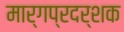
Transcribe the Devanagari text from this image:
मार्गप्रदर्शक